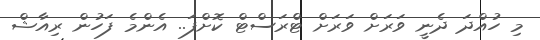
މި ހުއްދަ ދެނީ ވަރަށް ވަރަށް ޓްރަސްޓް ކޮށްފަ.. އެންމެ ފަހުން ރިއާޝް